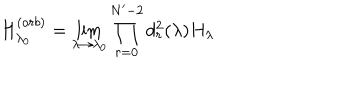
H _ { \lambda _ { 0 } } ^ { ( o r b ) } = \lim _ { \lambda \rightarrow \lambda _ { 0 } } \prod _ { r = 0 } ^ { N ^ { \prime } - 2 } d _ { r } ^ { 2 } ( \lambda ) H _ { \lambda }